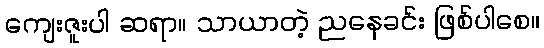
ကျေးဇူးပါ ဆရာ။ သာယာတဲ့ ညနေခင်း ဖြစ်ပါစေ။